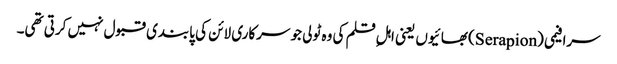
سرافیمی (Serapion) بھائیوں یعنی اہلِ قلم کی وہ ٹولی جو سرکاری لائن کی پابندی قبول نہیں کرتی تھی۔